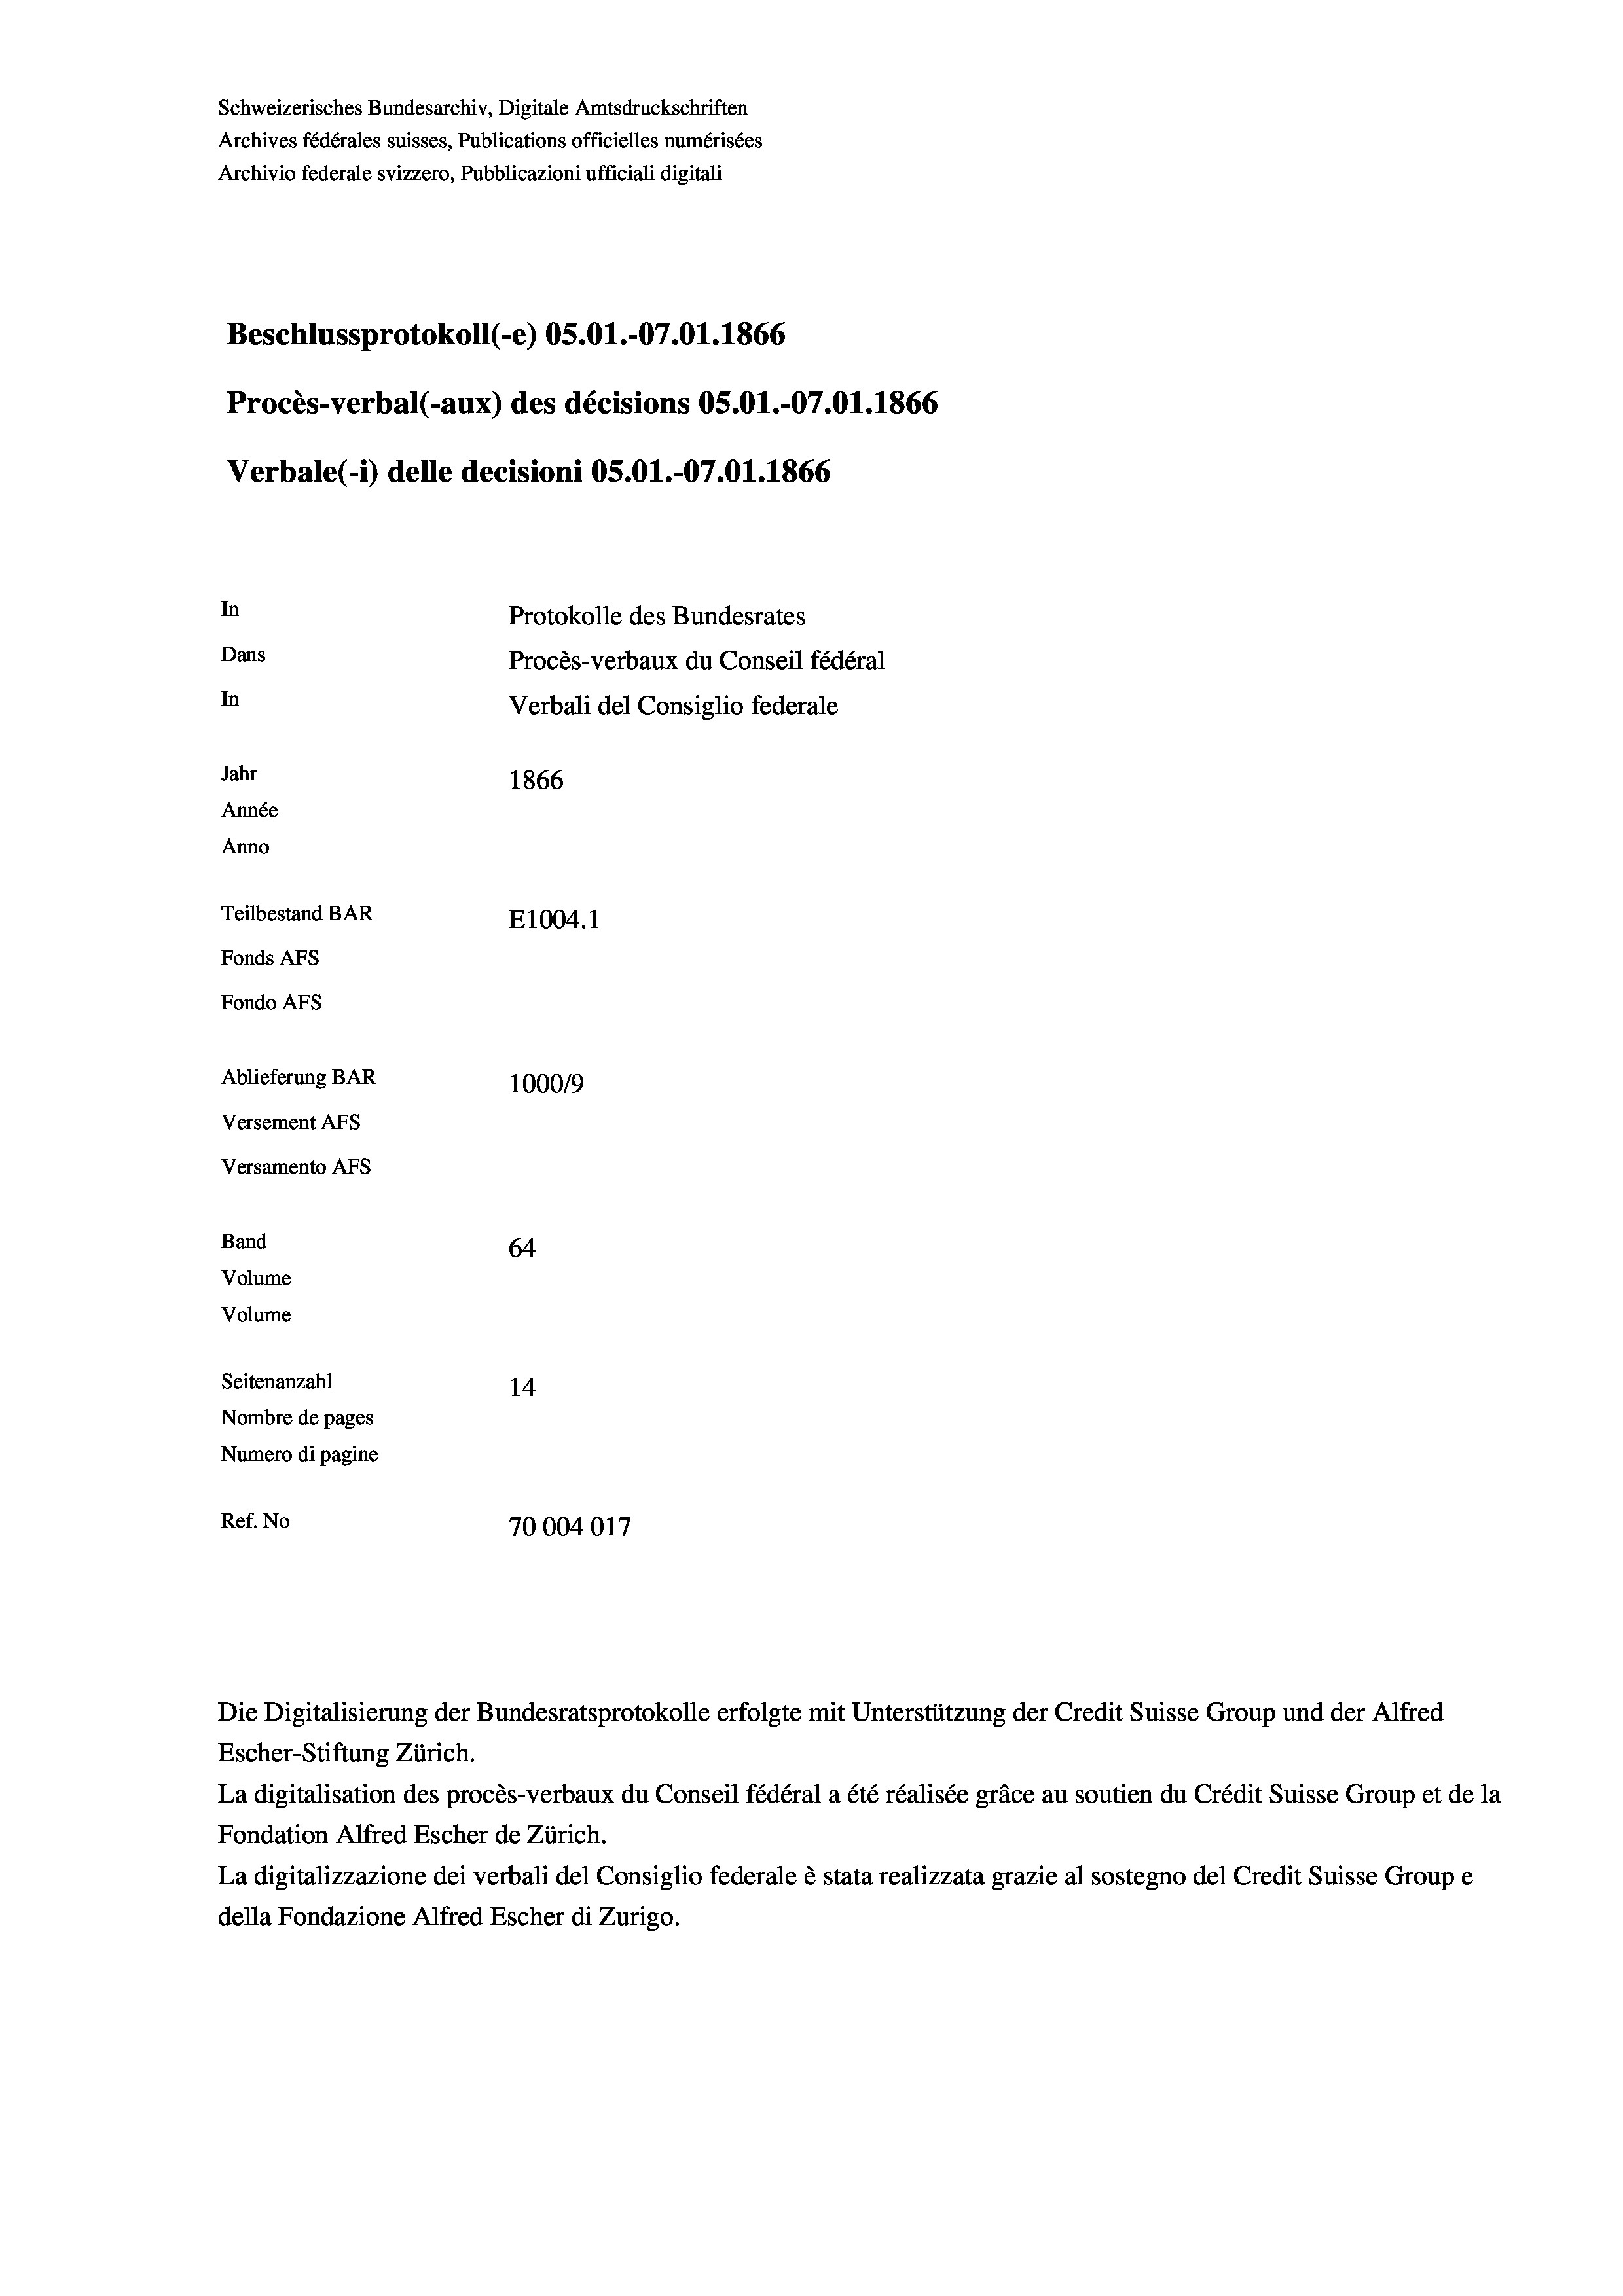
Schweizerisches Bundesarchiv, Digitale Amtsdruckschriften
Archives fédérales suisses, Publications officielles numérisées
Archivio federale svizzero, Pubblicazioni ufficiali digitali
Beschlussprotokoll (-e) OS.01.-07.01.1866
Procès-verbal (-aux) des décisions OS.O1.-07.01. 1866
Verbale(*) delle decisioni OS.O1.-07.01. 1866
In
Protokolle des Bundesrates
Dans
Procès-verbaux du Conseil fédéral
In
Verbali del Consiglio federale
Jahr
1866
Année
Anno
Teilbestand BAR
E1004.1
Fonds AFs
Fondo Afs
Ablieferung BAR
100019
Versement AFs

Versamento Afs
Band
Volume
Volume

64
Seitenanzahl
14
Nombre de pages
Numero di pagine
Ref. No
70004017

Escher-Stiftung Zürich.
La digitalisation des procès-verbaux du Conseil fédéral a été réalisée gräce au soutien du Crédit Suisse Group et de la
Fondation Alfred Escher de Zürich.
La digitalizzazione dei verbali del Consiglio federale è stata realizzata grazie al sostegno del Credit Suisse Groupe
della Fondazione Alfred Escher di Zurigo.

Die Digitalisierung der Bundesratsprotokolle erfolgte mit Unterstützung der Credit Suisse Group und der Alfred